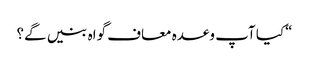
“کیا آپ وعدہ معاف گواہ بنیں گے؟